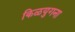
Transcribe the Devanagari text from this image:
किळयुगना